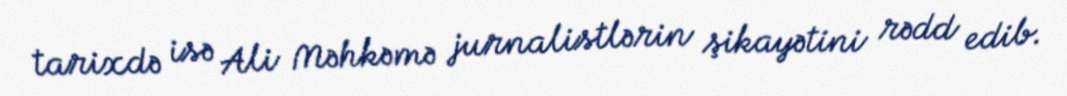
tarixdə isə Ali Məhkəmə jurnalistlərin şikayətini rədd edib.